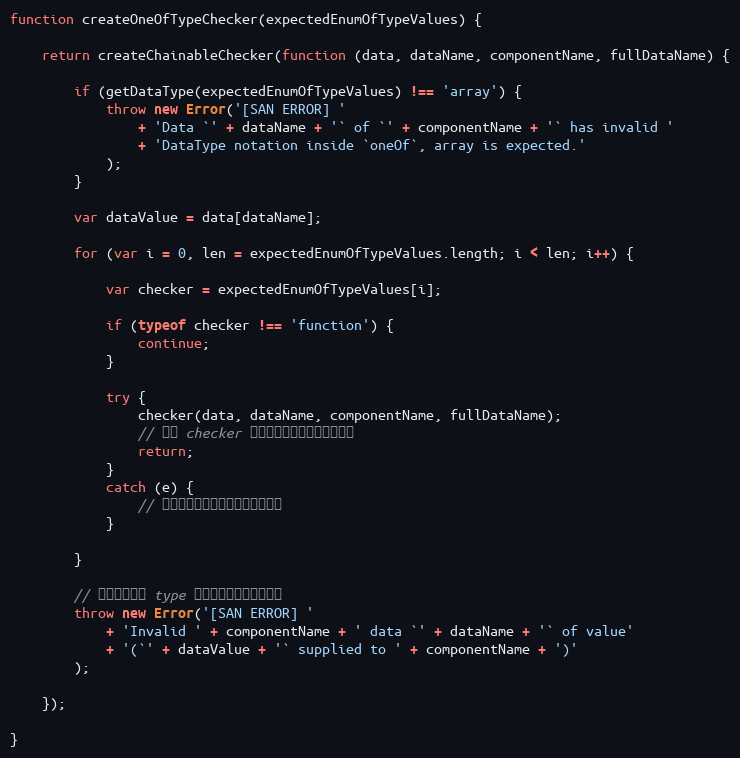
Language: JavaScript
function createOneOfTypeChecker(expectedEnumOfTypeValues) {

    return createChainableChecker(function (data, dataName, componentName, fullDataName) {

        if (getDataType(expectedEnumOfTypeValues) !== 'array') {
            throw new Error('[SAN ERROR] '
                + 'Data `' + dataName + '` of `' + componentName + '` has invalid '
                + 'DataType notation inside `oneOf`, array is expected.'
            );
        }

        var dataValue = data[dataName];

        for (var i = 0, len = expectedEnumOfTypeValues.length; i < len; i++) {

            var checker = expectedEnumOfTypeValues[i];

            if (typeof checker !== 'function') {
                continue;
            }

            try {
                checker(data, dataName, componentName, fullDataName);
                // 如果 checker 完成校验没报错，那就返回了
                return;
            }
            catch (e) {
                // 如果有错误，那么应该把错误吞掉
            }

        }

        // 所有的可接受 type 都失败了，才丢一个异常
        throw new Error('[SAN ERROR] '
            + 'Invalid ' + componentName + ' data `' + dataName + '` of value'
            + '(`' + dataValue + '` supplied to ' + componentName + ')'
        );

    });

}